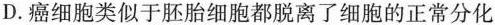
D.癌细胞类似于胚胎细胞都脱离了细胞的正常分化